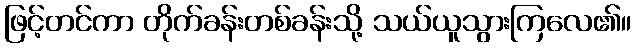
ဖြင့်တင်ကာ တိုက်ခန်းတစ်ခန်းသို့ သယ်ယူသွားကြလေ၏။